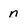
Character: n